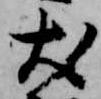
犬